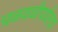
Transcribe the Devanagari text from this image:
चळवळीपर्यंतचा